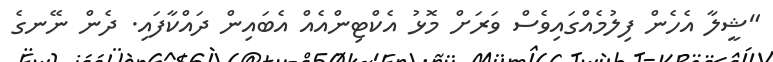
"ޝީލާ އެހެން ފިލުމެއްގައިވެސް ވަރަށް މޮޅު އެކްޓިންއެއް އެބައިން ދައްކާފައި. ދެން ނޭނގެ